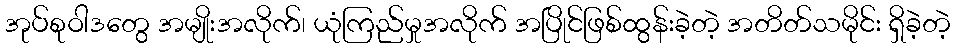
အုပ်စုဝါဒတွေ အမျိုးအလိုက်၊ ယုံကြည်မှုအလိုက် အပြိုင်ဖြစ်ထွန်းခဲ့တဲ့ အတိတ်သမိုင်း ရှိခဲ့တဲ့